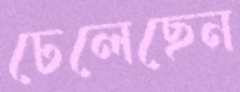
ঢেলেছেন